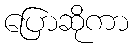
ပြောဆိုကာ